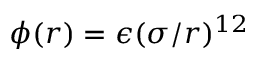
\phi ( r ) = \epsilon ( \sigma / r ) ^ { 1 2 }